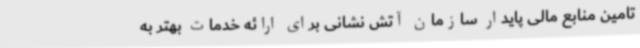
تامین منابع مالی پایدار سازمان آتش نشانی برای ارائه خدمات بهتر به